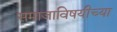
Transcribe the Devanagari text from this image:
समाजाविषयीच्या